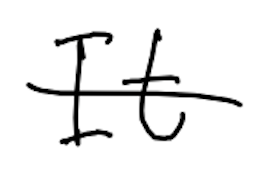
Text: It
Cross-out: single-line
Writing tool: digital_black